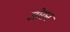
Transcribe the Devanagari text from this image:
जोरान